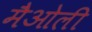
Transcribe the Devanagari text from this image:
मैओली